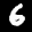
Label: 6